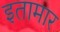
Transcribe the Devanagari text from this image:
इतामार